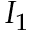
I _ { 1 }